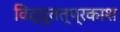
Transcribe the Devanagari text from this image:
विद्युतत्प्रकाश